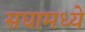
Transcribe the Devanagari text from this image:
सघामध्ये